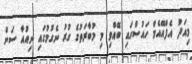
މިއަދު އެފްއޭއެމް ހައުސްގައި ބޭއްވި މި މުބާރަތުގެ ގުރު ނެގުމުގައި ނިއުއާ ސަން